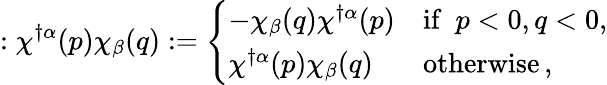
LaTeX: :\chi^{\dagger\alpha}(p)\chi_{\beta}(q):=\left\{ \begin{array}{ll}{{-\chi_{\beta}(q)\chi^{\dagger\alpha}(p)}}&{{\mathrm{if}\enspace p<0,q<0,}}\\ {{\chi^{\dagger\alpha}(p)\chi_{\beta}(q)}}&{{\mathrm{otherwise}\, ,}}\end{array}\right.